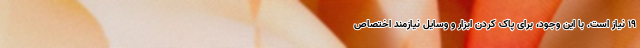
۱۹ نیاز است. با این وجود، برای پاک کردن ابزار و وسایل نیازمند اختصاص